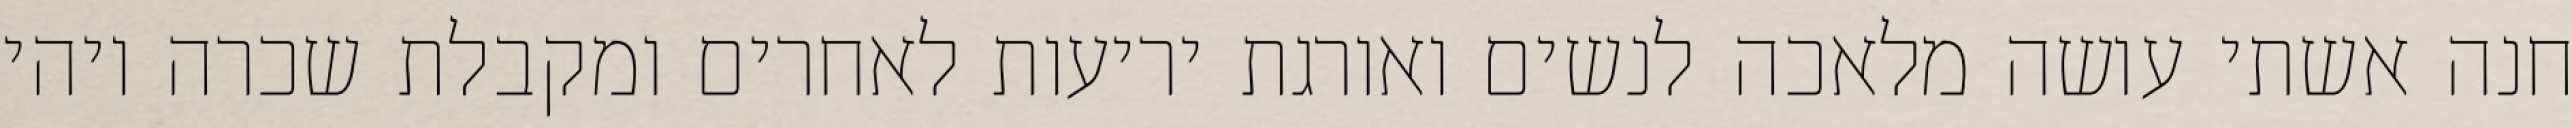
חנה אשתי עושה מלאכה לנשים ואורגת יריעות לאחרים ומקבלת שכרה ויהי